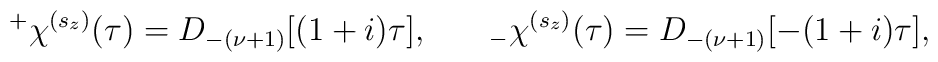
^{+}\chi ^{(s_z)}(\tau )=D_{-(\nu+1)}[(1+i)\tau ],\hspace{0.3in}_{-}\chi^{(s_z)}(\tau )=D_{-(\nu+1)}[-(1+i)\tau ],